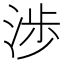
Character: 渉